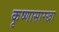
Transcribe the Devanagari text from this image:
कृष्णासारखा